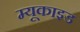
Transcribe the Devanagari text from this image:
म्यूकाइड